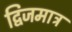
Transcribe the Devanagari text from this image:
द्विजमात्र